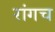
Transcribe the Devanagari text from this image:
रांगच